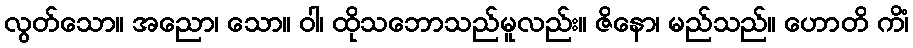
လွတ်သော။ အညော၊ သော။ ဝါ၊ ထိုသဘောသည်မူလည်း။ ဇိနော၊ မည်သည်။ ဟောတိ ကိံ၊